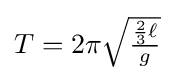
{\textstyle T=2\pi {\sqrt {\frac {{\frac {2}{3}}\ell }{g}}}}